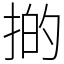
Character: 𢯊